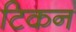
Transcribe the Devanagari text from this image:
टिकन